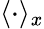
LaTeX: \langle\cdot\rangle_{x}